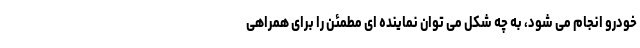
خودرو انجام می شود، به چه شکل می توان نماینده ای مطمئن را برای همراهی